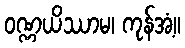
ဝဏ္ဏယိဿာမ၊ ကုန်အံ့။